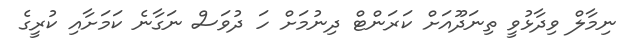
ނިމާލް ވިދާޅުވީ ތިނަދޫއަށް ކަރަންޓް ދިނުމަށް ހަ ދުވަސް ނަގާނެ ކަމަށާއި ކުރީގެ